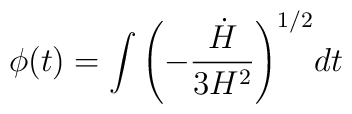
\phi(t)=\int{\left(-{{\dot{H} \over {3H^2}}}\right)^{1/2}} dt